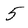
Character: 5